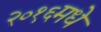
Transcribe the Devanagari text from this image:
२०१६मधे